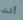
أنت